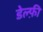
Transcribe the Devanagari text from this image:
डेल्फ़ी